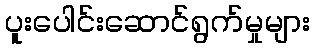
ပူးပေါင်းဆောင်ရွက်မှုများ